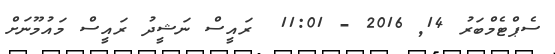
ސެޕްޓެމްބަރު 14